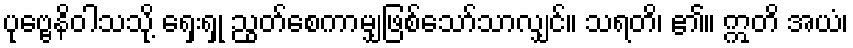
ပုဗ္ဗေနိဝါသသို့ ရှေးရှု ညွတ်စေကာမျှဖြစ်သော်သာလျှင်။ သရတိ၊ ၏။ ဣတိ အယံ၊